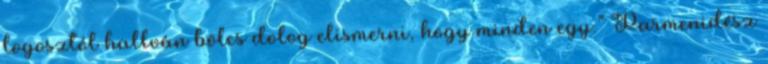
logosztól hallván bölcs dolog elismerni, hogy minden egy.” Parmenidész